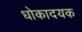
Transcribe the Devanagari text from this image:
धोकादयक